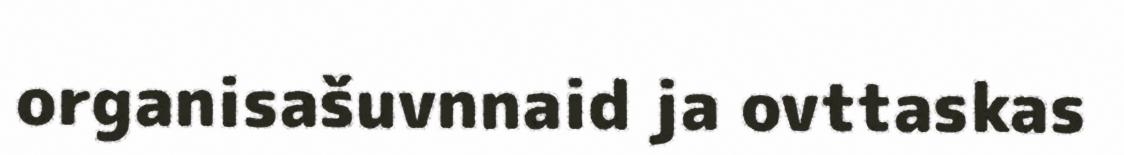
organisašuvnnaid ja ovttaskas